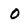
Character: 0